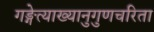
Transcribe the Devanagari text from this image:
गङ्गेत्याख्यानुगुणचरिता